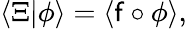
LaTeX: \langle\Xi|\phi\rangle=\langle\mathsf{f}\circ\phi\rangle,